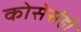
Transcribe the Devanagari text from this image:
कोसेर्सही